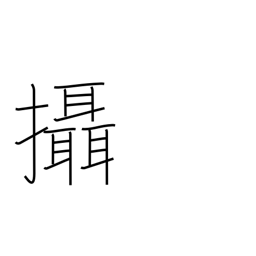
Meaning: act in addition to